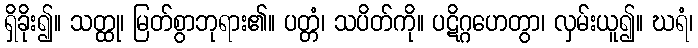
ရှိခိုး၍။ သတ္ထု၊ မြတ်စွာဘုရား၏။ ပတ္တံ၊ သပိတ်ကို။ ပဋိဂ္ဂဟေတွာ၊ လှမ်းယူ၍။ ဃရံ၊